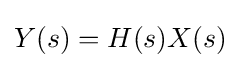
Y(s)=H(s)X(s)